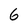
Character: 6